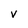
Character: v